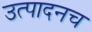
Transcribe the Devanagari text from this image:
उत्पादनच